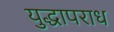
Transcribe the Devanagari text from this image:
युद्धापराध